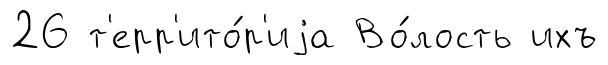
26 т'ерр'ито́р'иjа Во́лость ихъ